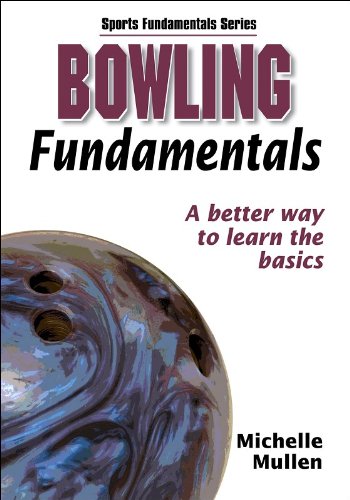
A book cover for Bowling Fundamentals (Sports Fundamentals); Human Kinetics; Sports & Outdoors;